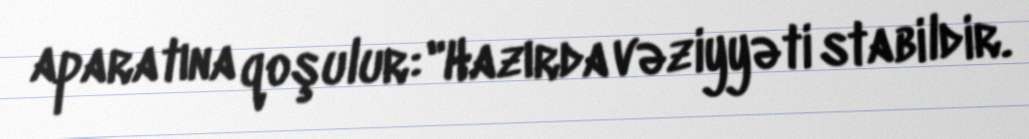
aparatına qoşulur: "Hazırda vəziyyəti stabildir.